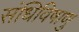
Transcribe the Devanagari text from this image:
संधिविषाणु